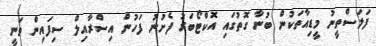
ފަލަސްތީނު މީޑިއާތަކުން ބުނާ ގޮތުގައި އޮކްޓޯބަރު ފެށުނު ފަހުން އިސްރާއިލް ސިފައިން ވަނީ